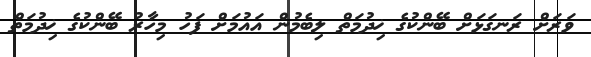
ވަރަށް ރަނގަޅަށް ބޭންކުގެ ޚިދުމަތް ލިބެމުން އައުމަށް ފަހު މިހާރު ބޭންކުގެ ޚިދުމަތް